Distribution and causation of leprosy in British India
Year: 1875
Disease focus: Leprosy
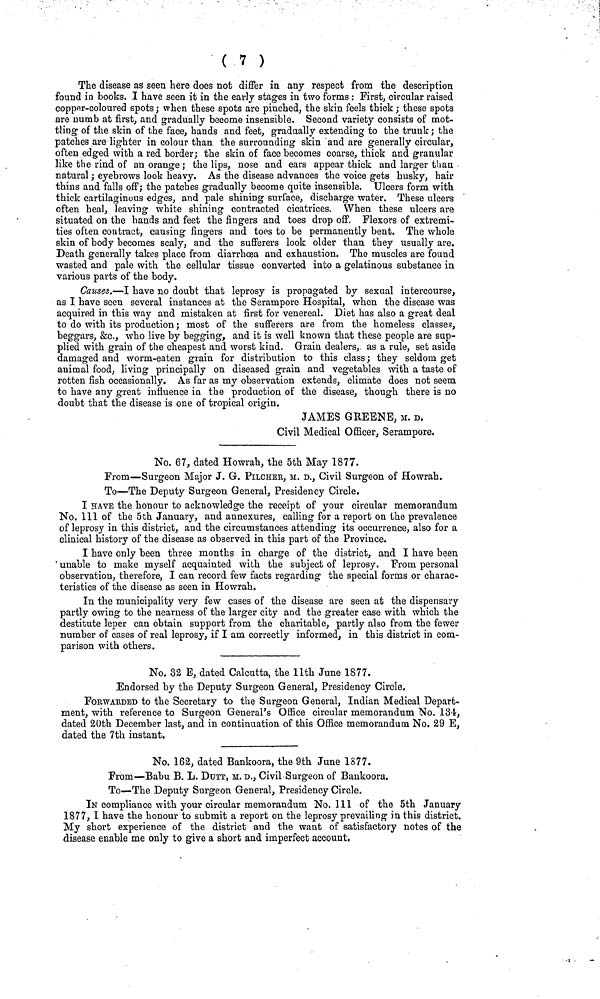
( 7 )
The disease as seen here does not differ in any respect from the description
found in books. I have seen it in the early stages in two forms : First, circular raised
copper-coloured spots ; when these spots are pinched, the skin feels thick ; these spots
are numb at first, and gradually become insensible. Second variety consists of mot-
tling of the skin of the face, hands and feet, gradually extending to the trunk ; the
patches are lighter in colour than the surrounding skin and are generally circular,
often edged with a red border; the skin of face becomes coarse, thick and granular
like the rind of an orange ; the lips, nose and ears appear thick and larger than
natural ; eyebrows look heavy. As the disease advances the voice gets husky, hair
thins and falls off; the patches gradually become quite insensible. ulcers form with
thick cartilaginous edges, and pale shining surface, discharge water. These ulcers
often heal, leaving white shining contracted cicatrices. When these ulcers are
situated on the hands and feet the fingers and toes drop off. Flexors of extremi-
ties often contract, causing fingers and toes to be permanently bent. The whole
skin of body becomes scaly, and the sufferers look older than they usually are.
Death generally takes place from diarrhœa and exhaustion. The muscles are found
wasted and pale with the cellular tissue converted into a gelatinous substance in
various parts of the body.
Causes.—I have no doubt that leprosy is propagated by sexual intercourse,
as I have seen several instances at the Serampore Hospital, when the disease was
acquired in this way and mistaken at first for venereal. Diet has also a great deal
to do with its production ; most of the sufferers are from the homeless classes,
beggars, &c., who live by begging, and it is well known that these people are sup-
plied with grain of the cheapest and worst kind. Grain dealers, as a rule, set aside
damaged and worm-eaten grain for distribution to this class; they seldom get
animal food, living principally on diseased grain and vegetables with a taste of
rotten fish occasionally. As far as my observation extends, climate does not seem
to have any great influence in the production of the disease, though there is no
doubt that the disease is one of tropical origin.
JAMES GREENE, M. D.
Civil Medical Officer, Serampore.
No. 67, dated Howrah, the 5th May 1877.
From—Surgeon Major J. G. PILCHER, M. D., Civil Surgeon of Howrah.
To—The Deputy Surgeon General, Presidency Circle.
I HAVE the honour to acknowledge the receipt of your circular memorandum
No. Ill of the 5th January, and annexures, calling for a report on the prevalence
of leprosy in this district, and the circumstances attending its occurrence, also for a
clinical history of the disease as observed in this part of the Province.
I have only been three months in charge of the district, and I have been
unable to make myself acquainted with the subject of leprosy. From personal
observation, therefore, I can record few facts regarding the special forms or charac-
teristics of the disease as seen in Howrah.
In the municipality very few cases of the disease are seen at the dispensary
partly owing to the nearness of the larger city and the greater ease with which the
destitute leper can obtain support from the charitable, partly also from the fewer
number of cases of real leprosy, if I am correctly informed, in this district in com-
parison with others.
No. 32 E, dated Calcutta, the 11th June 1877.
Endorsed by the Deputy Surgeon General, Presidency Circle.
FORWArDED to the Secretary to the Surgeon General, Indian Medical Depart-
ment, with reference to Surgeon General's Office circular memorandum No. 134,
dated 20th December last, and in continuation of this Office memorandum No. 29 E,
dated the 7th instant.
No. 162, dated Bankoora, the 9th June 1877.
From—Babu B. L. DUTT, M. D., Civil Surgeon of Bankoora.
To—The Deputy Surgeon General, Presidency Circle.
IN compliance with your circular memorandum No. 111 of the 5th January
1877, I have the honour to submit a report on the leprosy prevailing in this district.
My short experience of the district and the want of satisfactory notes of the
disease enable me only to give a short and imperfect account.